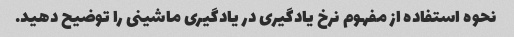
نحوه استفاده از مفهوم نرخ یادگیری در یادگیری ماشینی را توضیح دهید.